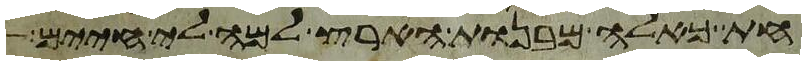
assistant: חת כאלה מבנות הארץ למה לי חיים